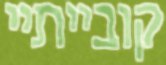
קובייתיי